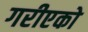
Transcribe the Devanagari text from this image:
गरीएको